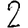
Digit: 2